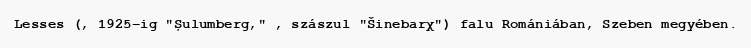
Lesses (, 1925-ig "Șulumberg," , szászul "Šinebarχ") falu Romániában, Szeben megyében.